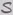
Text: S